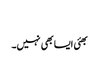
​
بھئی ایسا بھی نہیں۔